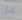
هل